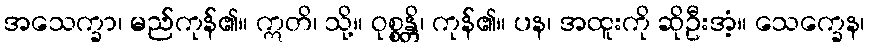
အသေက္ခာ၊ မည်ကုန်၏။ ဣတိ၊ သို့။ ဝုစ္စန္တိ၊ ကုန်၏။ ပန၊ အထူးကို ဆိုဦးအံ့။ သေက္ခေန၊